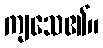
ကျသေ၏။